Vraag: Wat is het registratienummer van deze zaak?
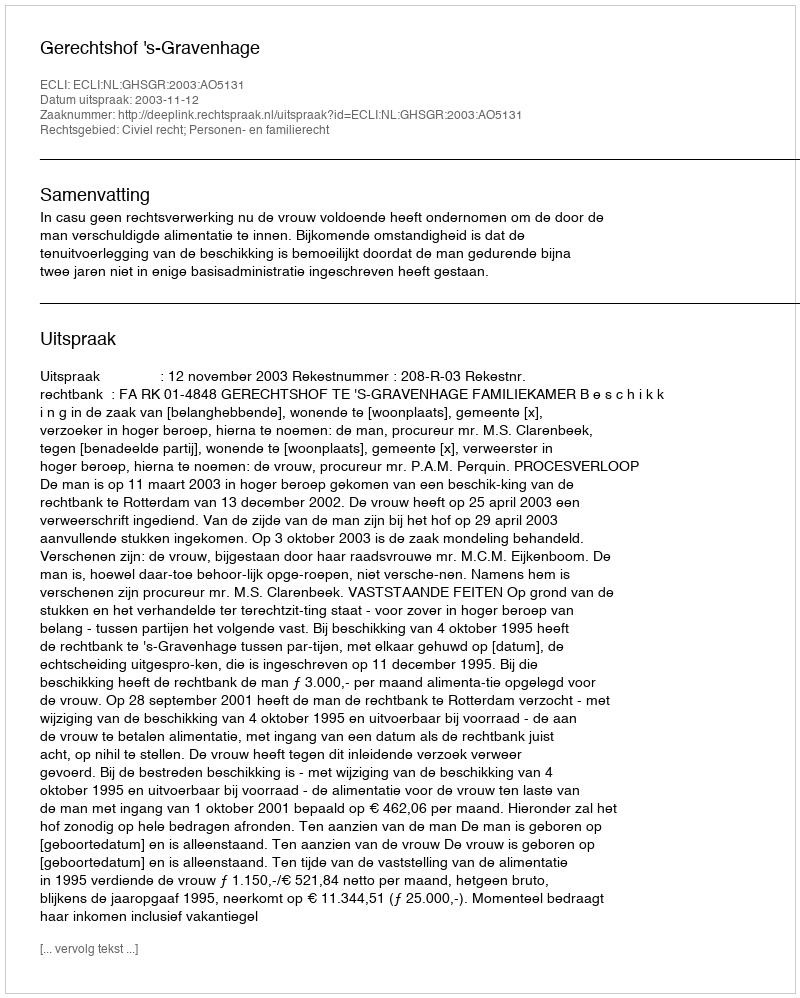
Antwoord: http://deeplink.rechtspraak.nl/uitspraak?id=ECLI:NL:GHSGR:2003:AO5131